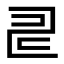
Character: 𠃬